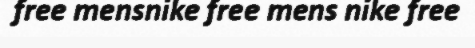
free mensnike free mens nike free